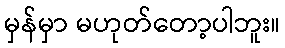
မှန်မှာ မဟုတ်တော့ပါဘူး။